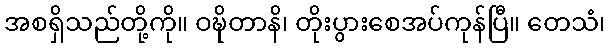
အစရှိသည်တို့ကို။ ဝဍ္ဎိတာနိ၊ တိုးပွားစေအပ်ကုန်ပြီ။ တေသံ၊